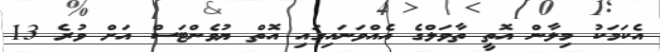
އެކަމަކު މިލާން އޮތީ ތާވަލްގެ އެއްވަނައިގައި އޮތް ޔުވެންޓަސް އަށް ވުރެ 13